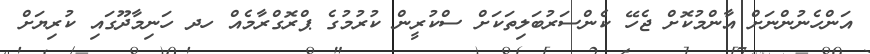
އަންހެނުންނަށް އާންމުކޮށް ޖެހޭ ކެންސަރުބަލިތަކަށް ސްކުރީން ކުރުމުގެ ޕްރޮގްރާމެއް ހދ ހަނިމާދޫގައި ކުރިޔަށް